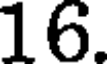
16.